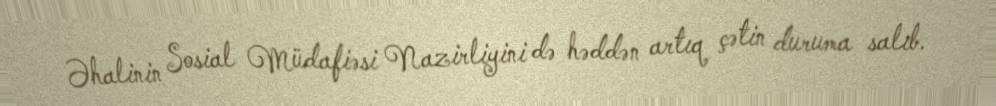
Əhalinin Sosial Müdafiəsi Nazirliyini də həddən artıq çətin duruma salıb.